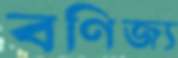
বণিজ্য